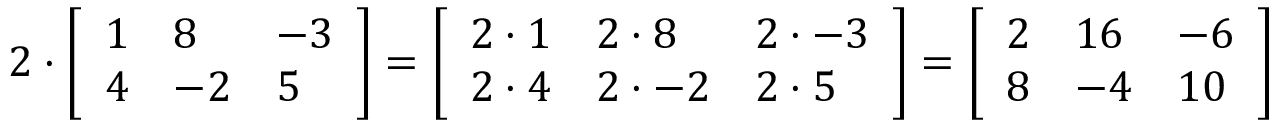
2 \cdot { \left[ \begin{array} { l l l } { 1 } & { 8 } & { - 3 } \\ { 4 } & { - 2 } & { 5 } \end{array} \right] } = { \left[ \begin{array} { l l l } { 2 \cdot 1 } & { 2 \cdot 8 } & { 2 \cdot - 3 } \\ { 2 \cdot 4 } & { 2 \cdot - 2 } & { 2 \cdot 5 } \end{array} \right] } = { \left[ \begin{array} { l l l } { 2 } & { 1 6 } & { - 6 } \\ { 8 } & { - 4 } & { 1 0 } \end{array} \right] }